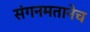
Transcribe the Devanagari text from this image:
संगनमतानेच